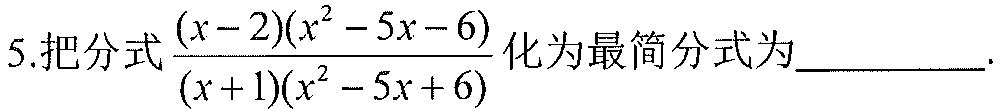
5.把分式\(\frac{(x - 2)(x^{2}-5x - 6)}{(x + 1)(x^{2}-5x + 6)}\)化为最简分式为__________.